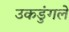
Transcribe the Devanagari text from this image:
उकडुंगले